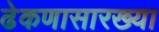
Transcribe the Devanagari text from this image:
ढेकणासारख्या